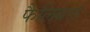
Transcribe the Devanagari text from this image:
फैलिबल